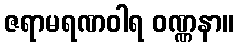
ဇရာမရဏဝါရ ဝဏ္ဏနာ။